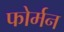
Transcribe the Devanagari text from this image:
फोर्मन